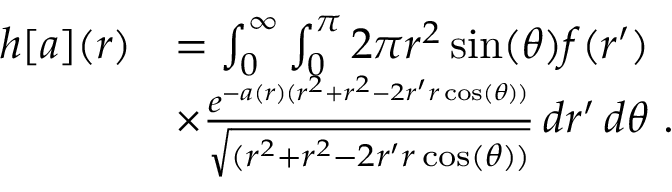
\begin{array} { r l } { h [ a ] ( r ) } & { = \int _ { 0 } ^ { \infty } \int _ { 0 } ^ { \pi } 2 \pi r ^ { 2 } \sin ( \theta ) f ( r ^ { \prime } ) } \\ & { \times \frac { e ^ { - a ( r ) ( r ^ { 2 } + r ^ { 2 } - 2 r ^ { \prime } r \cos ( \theta ) ) } } { \sqrt { ( r ^ { 2 } + r ^ { 2 } - 2 r ^ { \prime } r \cos ( \theta ) ) } } \, d r ^ { \prime } \, d \theta \ . } \end{array}